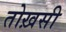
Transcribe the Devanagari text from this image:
तोख़सी